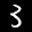
Label: 3